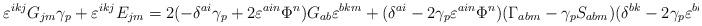
LaTeX: \begin{align*}\varepsilon^{ikj} G_{jm} \gamma_p + \varepsilon^{ikj} E_{jm} =2 (-\delta^{ai}\gamma_p +2 \varepsilon^{ain}\Phi^n) G_{ab} \varepsilon^{bkm} +(\delta^{ai}-2\gamma_p \varepsilon^{ain}\Phi^n) (\Gamma_{abm}-\gamma_p S_{abm})(\delta^{bk}-2 \gamma_p \varepsilon^{bks}\Phi^s),\end{align*}